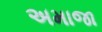
અમાજા